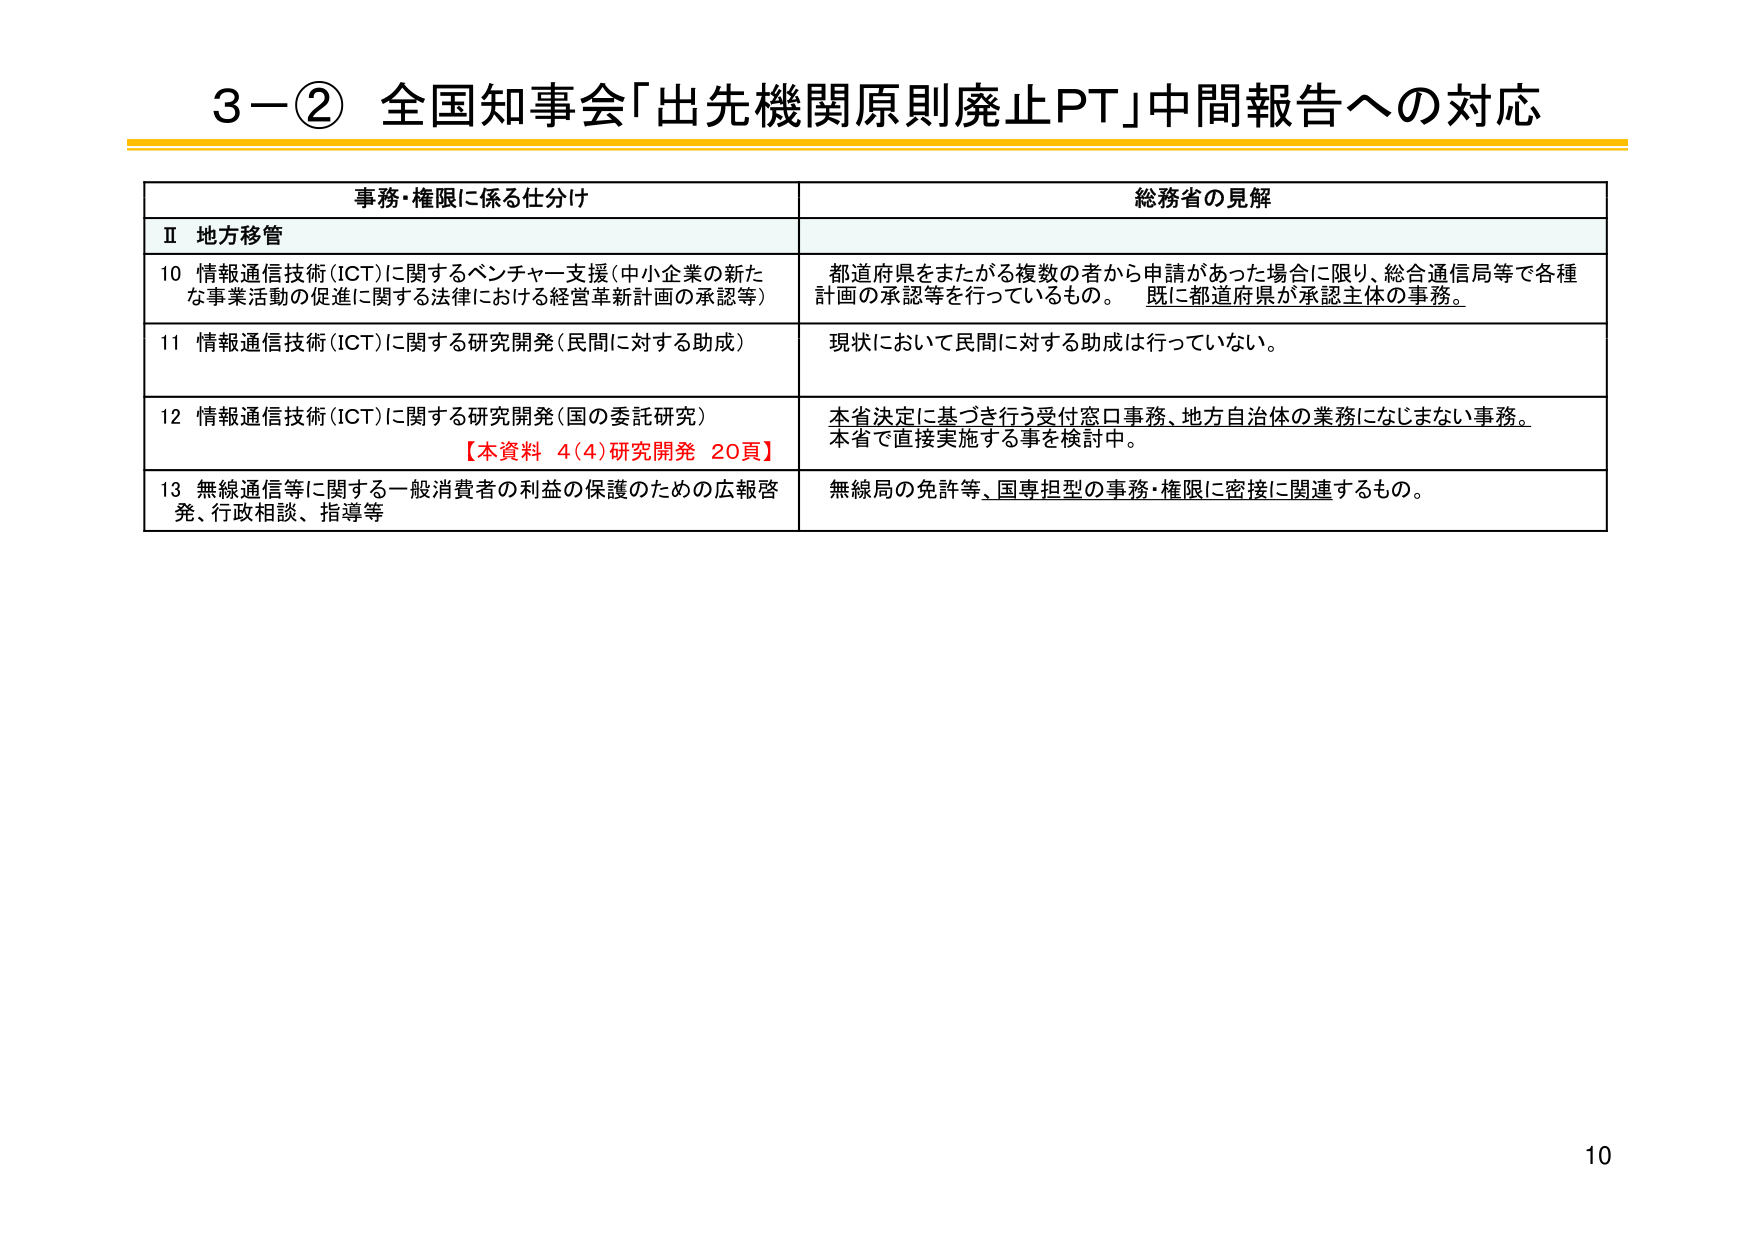
3－② 全国知事会「出先機関原則廃止PT」中間報告への対応

事務・権限に係る仕分け　　　　　　　　　　　　　　　　　　　総務省の見解

Ⅱ 地方移管

10 情報通信技術（ICT）に関するベンチャー支援（中小企業の新たな事業活動の促進に関する法律における経営革新計画の承認等）　都道府県をまたがる複数の者から申請があった場合に限り、総合通信局等で各種計画の承認等を行っているもの。　既に都道府県が承認主体の事務。

11 情報通信技術（ICT）に関する研究開発（民間に対する助成）　現状において民間に対する助成は行っていない。

12 情報通信技術（ICT）に関する研究開発（国の委託研究）　本省決定に基づき行う受付窓口事務、地方自治体の業務になじまない事務。　本省で直接実施する事を検討中。　【本資料 4(4)研究開発 20頁】

13 無線通信等に関する一般消費者の利益の保護のための広報啓発、行政相談、指導等　無線局の免許等、国専担型の事務・権限に密接に関連するもの。

10